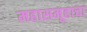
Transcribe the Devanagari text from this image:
महासमूहाचा